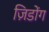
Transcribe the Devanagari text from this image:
ज़िडोंग